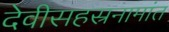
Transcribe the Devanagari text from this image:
देवीसहस्रनामांत